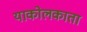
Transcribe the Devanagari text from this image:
याकोलकाता